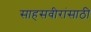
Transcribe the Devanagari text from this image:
साहसवीरांसाठी